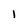
Character: 1